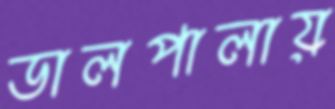
ডালপালায়